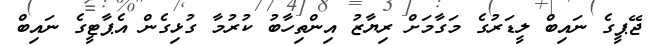
ޖޭޕީގެ ނައިބް ލީޑަރުގެ މަގާމަށް ރިޔާޒު އިންތިހާބު ކުރުމާ ގުޅިގެން އެޕާޓީގެ ނައިބް